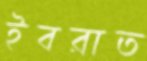
ইবরাত